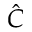
\hat { C }